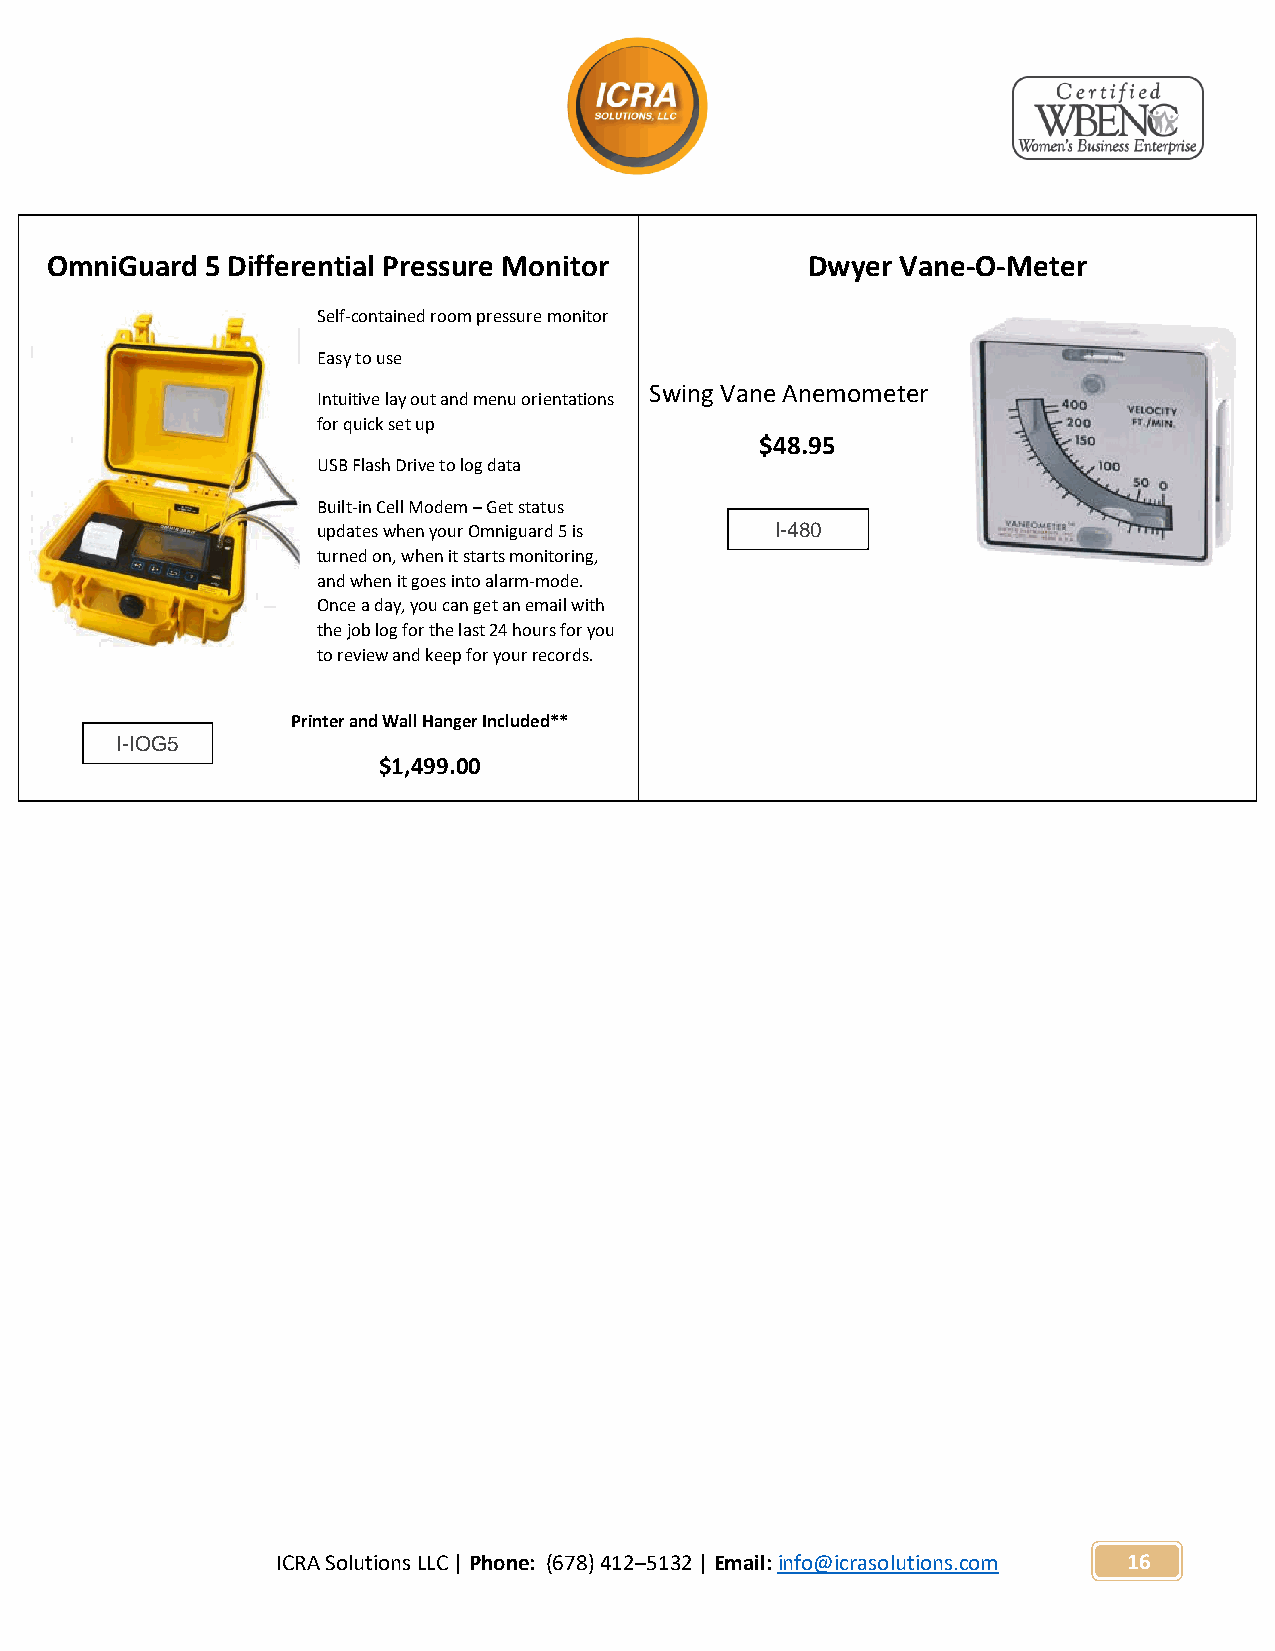
OmniGuard  5 Differential Pressure Monitor        Dwyer  Vane-O-Meter
 Self-contained room pressure monitor
 Easy to use
 Swing Vane Anemometer
 Intuitive lay out and menu orientations
 for quick set up
 $48.95
 USB Flash Drive to log data
 Built-in Cell Modem – Get status
 updates when your Omniguard 5 is I-480
 turned on, when it starts monitoring,
 and when it goes into alarm-mode.
 Once a day, you can get an email with
 the job log for the last 24 hours for you
 to review and keep for your records.
 Printer and Wall Hanger Included**
 I-IOG5
 $1,499.00
 ICRA Solutions LLC | Phone: (678) 412–5132 | Email: info@icrasolutions.com 16